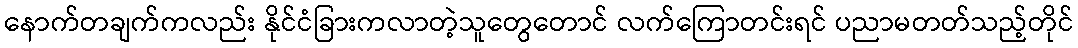
နောက်တချက်ကလည်း နိုင်ငံခြားကလာတဲ့သူတွေတောင် လက်ကြောတင်းရင် ပညာမတတ်သည့်တိုင်